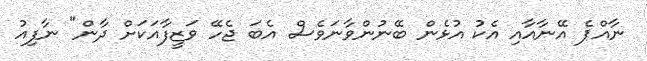
ނާއްޕެ އޭނާއާއި އެކު އުޅެން ބޭނުންވާނަވެސް އެބަ ޖެހޭ ވަޒީފާއަކަށް ދާން" ނާފިއު